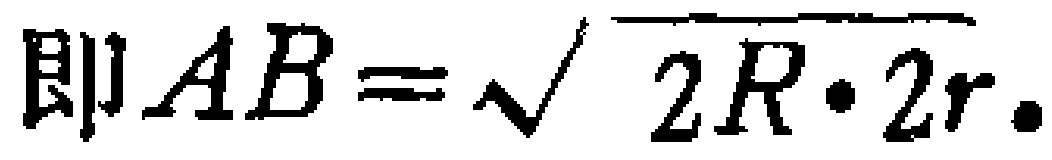
即\(AB = \sqrt{2R\cdot 2r}\)。